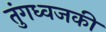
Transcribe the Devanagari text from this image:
तुंगध्वजकी